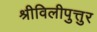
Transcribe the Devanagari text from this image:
श्रीविलीपुत्तुर